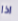
اذا